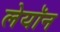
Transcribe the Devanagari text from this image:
लेयॉन